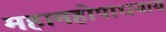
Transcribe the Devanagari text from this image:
महामहोपाधयाय